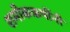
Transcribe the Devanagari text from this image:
शमीकऋषींनी